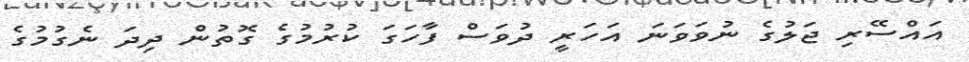
އައްސޭރި ޖަލުގެ ނުވަވަނަ އަހަރީ ދުވަސް ފާހަގަ ކުރުމުގެ ގޮތުން ދިދަ ނެގުމުގެ